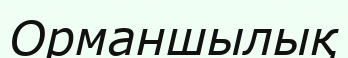
Орманшылық